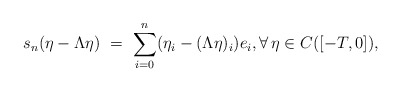
\begin{align*}s_n(\eta-\Lambda\eta) \ = \ \sum_{i=0}^n (\eta_i-(\Lambda\eta)_i) e_i, \forall\,\eta\in C([-T,0]),\end{align*}